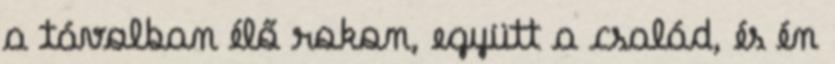
a távolban élő rokon, együtt a család, és én